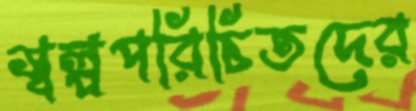
স্বল্পপরিচিতদের